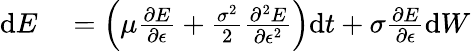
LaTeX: \begin{array}{rl}{\mathrm{d}E}&{{}=\left(\mu\frac{\partial E}{\partial\epsilon}+\frac{\sigma^{2}}{2}\frac{\partial^{2}E}{\partial\epsilon^{2}}\right)\mathrm{d}t+\sigma\frac{\partial E}{\partial\epsilon}\mathrm{d}{W}}\end{array}